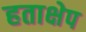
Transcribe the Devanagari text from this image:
हताक्षेप